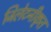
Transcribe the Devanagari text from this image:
जिलेटनीकृत